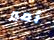
أمير